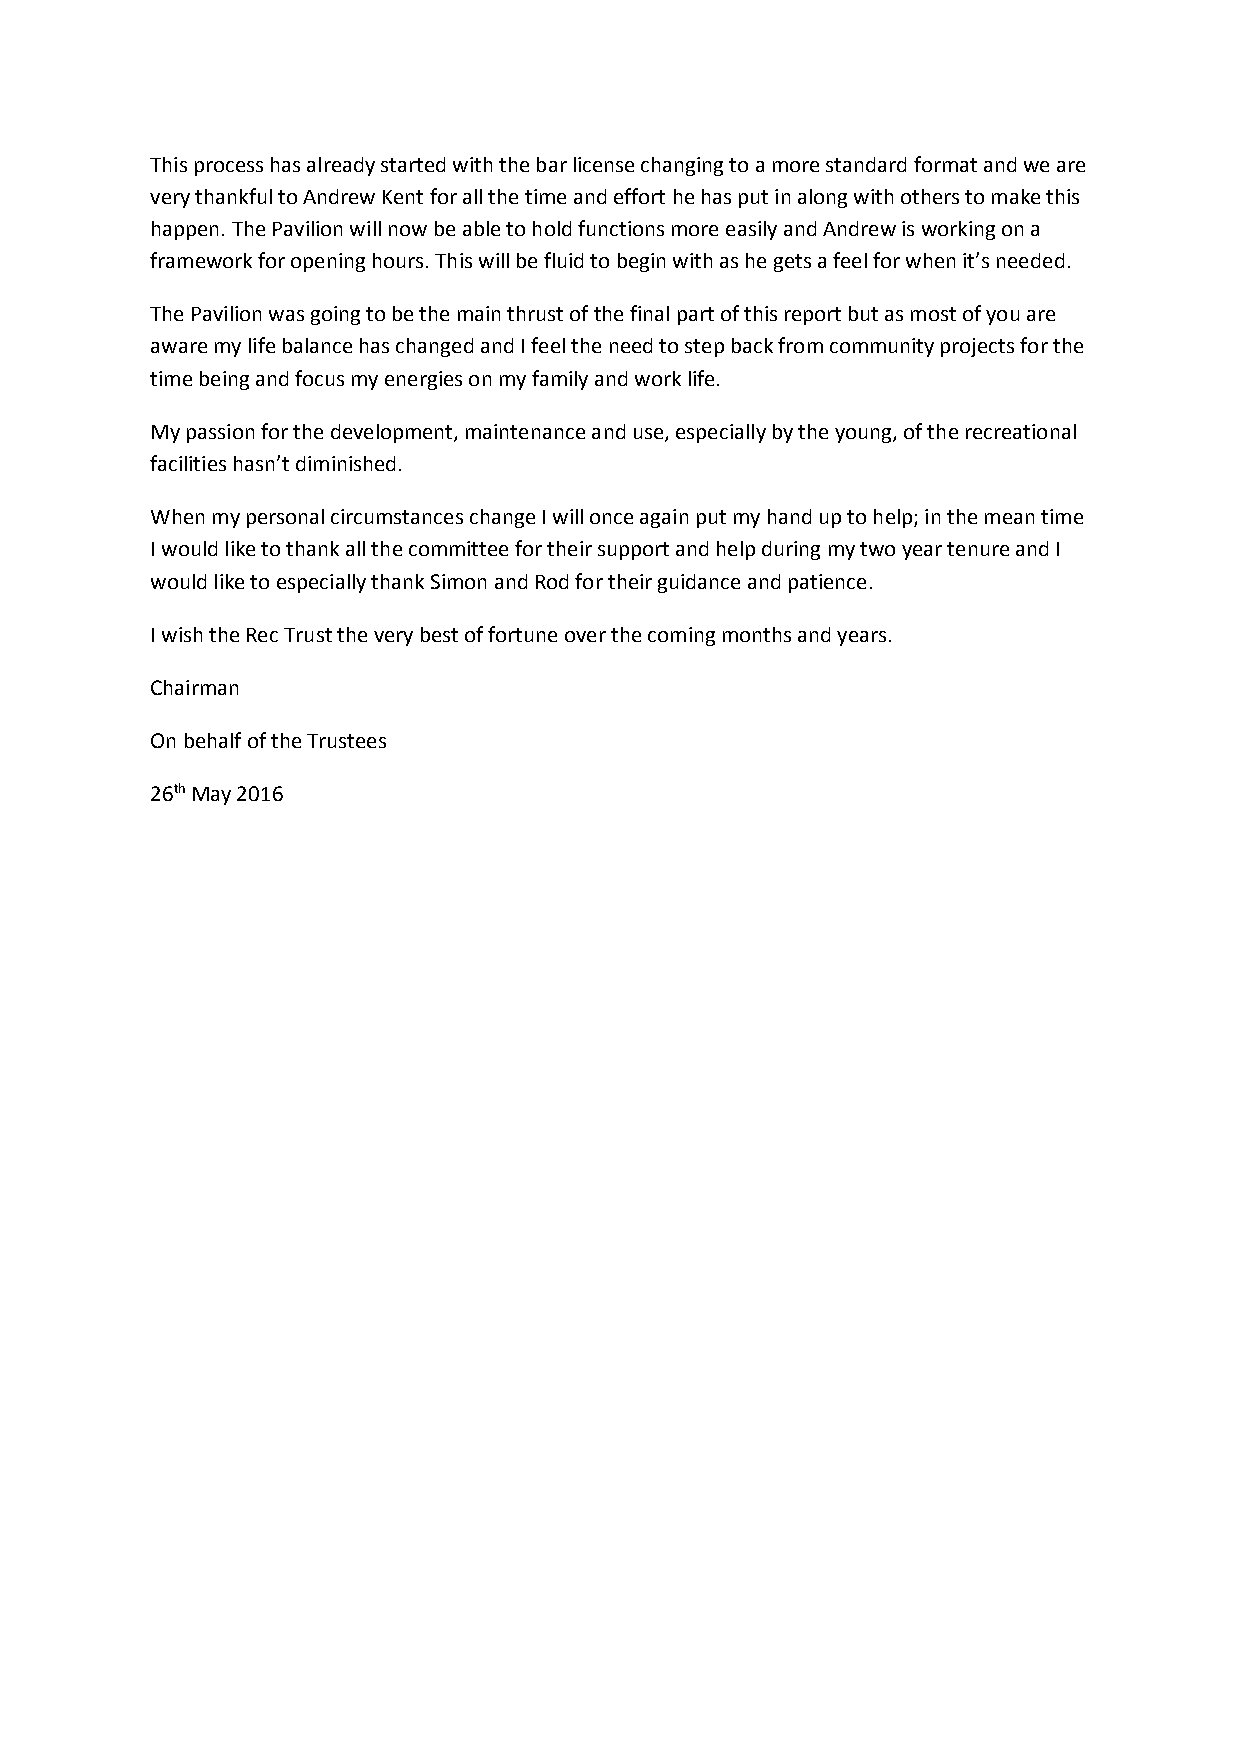
This process has already started with the bar license changing to a more standard format and we are
 very thankful to Andrew Kent for all the time and effort he has put in along with others to make this
 happen. The Pavilion will now be able to hold functions more easily and Andrew is working on a
 framework for opening hours. This will be fluid to begin with as he gets a feel for when it’s needed.
 The Pavilion was going to be the main thrust of the final part of this report but as most of you are
 aware my life balance has changed and I feel the need to step back from community projects for the
 time being and focus my energies on my family and work life.
 My passion for the development, maintenance and use, especially by the young, of the recreational
 facilities hasn’t diminished.
 When my personal circumstances change I will once again put my hand up to help; in the mean time
 I would like to thank all the committee for their support and help during my two year tenure and I
 would like to especially thank Simon and Rod for their guidance and patience.
 I wish the Rec Trust the very best of fortune over the coming months and years.
 Chairman
 On behalf of the Trustees
 26th May 2016